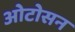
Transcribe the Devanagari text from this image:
ओटोसन